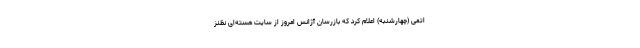
اتمی (چهارشنبه) اعلام کرد که بازرسان آژانس امروز از سایت هسته‌ای نظنز